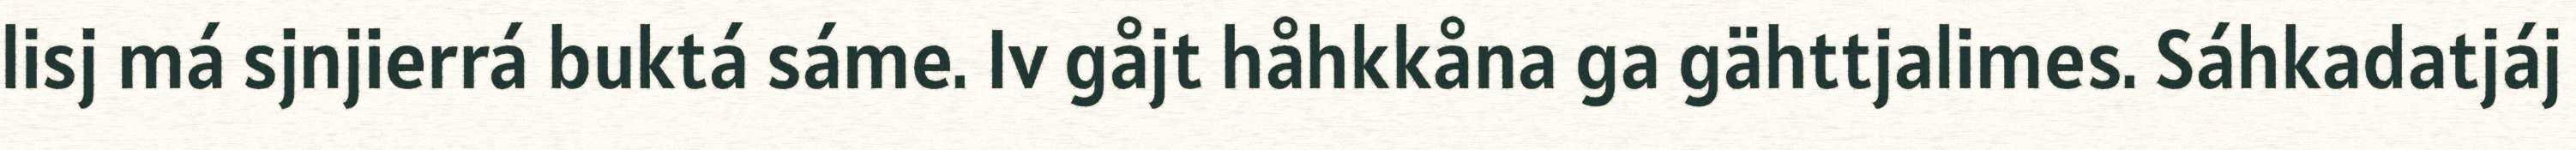
lisj má sjnjierrá buktá sáme. Iv gåjt håhkkåna ga gähttjalimes. Sáhkadatjáj